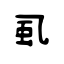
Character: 虱